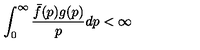
\int _ { 0 } ^ { \infty } \frac { \bar { f } ( p ) g ( p ) } { p } d p < \infty